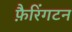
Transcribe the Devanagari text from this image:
फ़ैरिंगटन